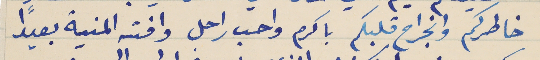
خاطركم وانجراح قلبكم باكرم واحب راحل وافته المنية بعيداً